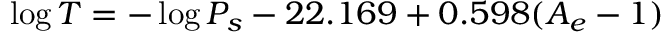
\log T = - \log P _ { s } - 2 2 . 1 6 9 + 0 . 5 9 8 ( A _ { e } - 1 )